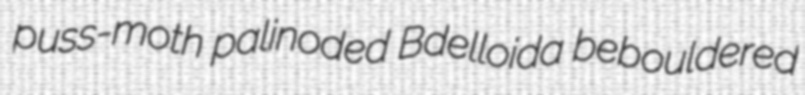
puss-moth palinoded Bdelloida bebouldered